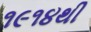
૧૯૧૪થી